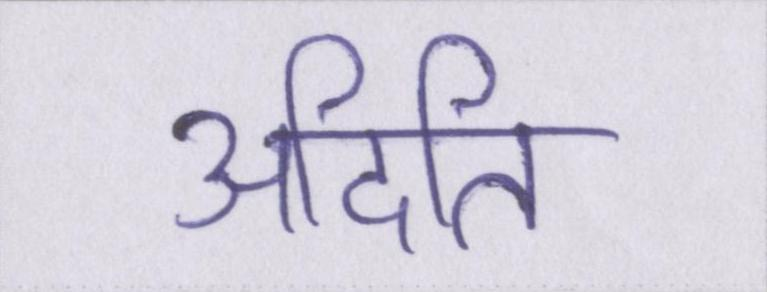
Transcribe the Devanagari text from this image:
अदिति